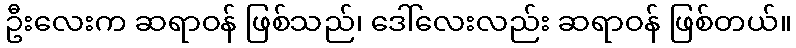
ဦးလေးက ဆရာဝန် ဖြစ်သည်၊ ဒေါ်လေးလည်း ဆရာဝန် ဖြစ်တယ်။